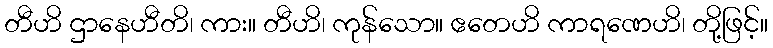
တီဟိ ဌာနေဟီတိ၊ ကား။ တီဟိ၊ ကုန်သော။ ဧတေဟိ ကာရဏေဟိ၊ တို့ဖြင့်။